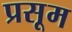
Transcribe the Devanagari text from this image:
प्रसूम